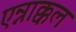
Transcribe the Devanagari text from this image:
एन्नाक्कल